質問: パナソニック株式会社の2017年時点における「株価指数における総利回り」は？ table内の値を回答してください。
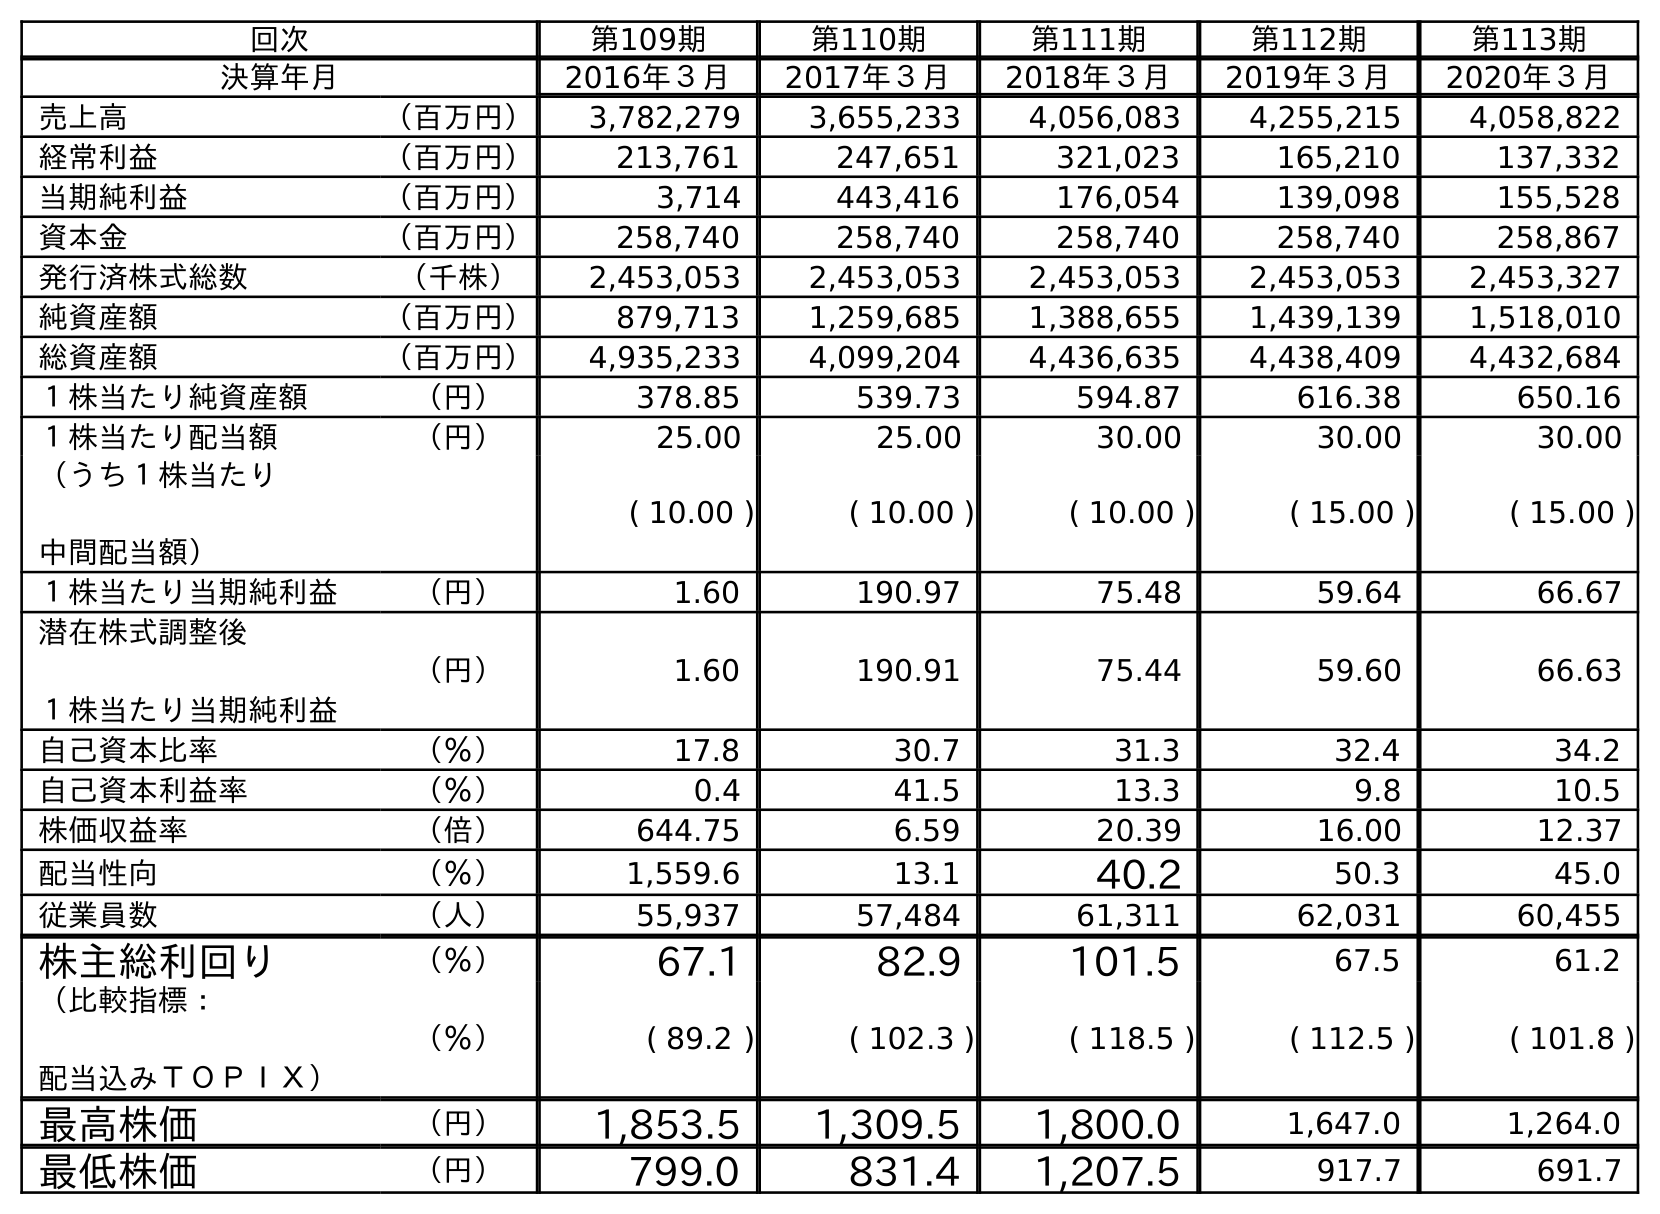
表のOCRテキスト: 回次 第109期 第110期 第111期 第112期 第113期 決算年月 2016年３月 2017年３月 2018年３月 2019年３月 2020年３月 売上高 （百万円） 3,782,279 3,655,233 4,056,083 4,255,215 4,058,822 経常利益 （百万円） 213,761 247,651 321,023 165,210 137,332 当期純利益 （百万円） 3,714 443,416 176,054 139,098 155,528 資本金 （百万円） 258,740 258,740 258,740 258,740 258,867 発行済株式総数 （千株） 2,453,053 2,453,053 2,453,053 2,453,053 2,453,327 純資産額 （百万円） 879,713 1,259,685 1,388,655 1,439,139 1,518,010 総資産額 （百万円） 4,935,233 4,099,204 4,436,635 4,438,409 4,432,684 １株当たり純資産額 （円） 378.85 539.73 594.87 616.38 650.16 １株当たり配当額 （円） 25.00 25.00 30.00 30.00 30.00 （うち１株当たり 中間配当額） ( 10.00 ) ( 10.00 ) ( 10.00 ) ( 15.00 ) ( 15.00 ) １株当たり当期純利益 （円） 1.60 190.97 75.48 59.64 66.67 潜在株式調整後 １株当たり当期純利益 （円） 1.60 190.91 75.44 59.60 66.63 自己資本比率 （％） 17.8 30.7 31.3 32.4 34.2 自己資本利益率 （％） 0.4 41.5 13.3 9.8 10.5 株価収益率 （倍） 644.75 6.59 20.39 16.00 12.37 配当性向 （％） 1,559.6 13.1 40.2 50.3 45.0 従業員数 （人） 55,937 57,484 61,311 62,031 60,455 株主総利回り （％） 67.1 82.9 101.5 67.5 61.2 （比較指標： 配当込みＴＯＰＩＸ） （％） ( 89.2 ) ( 102.3 ) ( 118.5 ) ( 112.5 ) ( 101.8 ) 最高株価 （円） 1,853.5 1,309.5 1,800.0 1,647.0 1,264.0 最低株価 （円） 799.0 831.4 1,207.5 917.7 691.7
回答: (102.3)